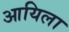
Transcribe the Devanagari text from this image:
आयिला